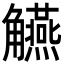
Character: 觾